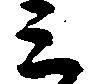
ミ